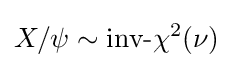
X/\psi \sim {\mbox{inv-}}\chi ^{2}(\nu )